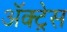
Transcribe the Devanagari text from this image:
ॲक्ट्रेस